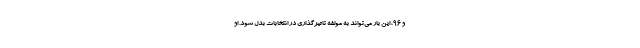
و ۹۶، این بار می‌تواند به مولفه تاثیرگذاری در انتخابات بدل شود. او